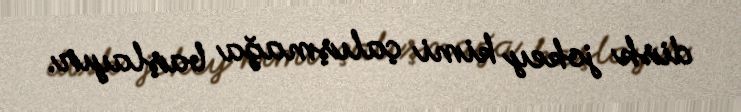
disk jokey kimi çalışmağa başlayır.